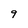
Character: 9